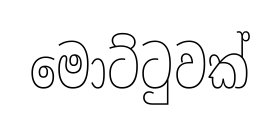
මොට්ටුවක්